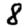
Digit: 8